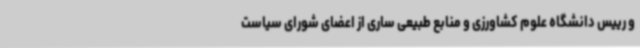
و رییس دانشگاه علوم کشاورزی و منابع طبیعی ساری از اعضای شورای سیاست